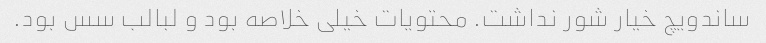
ساندویچ خیار شور نداشت. محتویات خیلی خلاصه بود و لبالب سس بود.